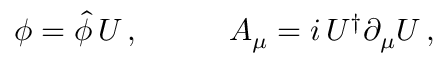
\begin{array} { c c } { { \phi = \hat { \phi } \, { \cal U } \, , ~ ~ ~ } } & { { ~ ~ ~ A _ { \mu } = i \, { \cal U } ^ { \dagger } \partial _ { \mu } { \cal U } \, , } } \end{array}